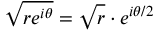
{ \sqrt { r e ^ { i \theta } } } = { \sqrt { r } } \cdot e ^ { i \theta / 2 }